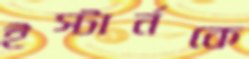
ইস্টার্নকে